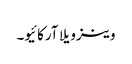
وینزویلا آرکائیو۔